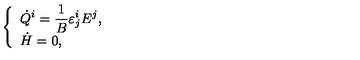
\begin{array} { c c c } { \left\{ \begin{array} { l } { \displaystyle \dot { Q } ^ { i } = \frac { 1 } { B } \varepsilon _ { j } ^ { i } E ^ { j } , } \\ { \dot { H } = 0 , } \\ \end{array} \right. } \\ \end{array}